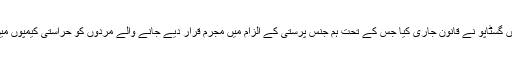
4 اپریل، 1938ء میں گسٹاپو نے قانون جاری کیا جس کے تحت ہم جنس پرستی کے الزام میں مجرم قرار دیے جانے والے مردوں کو حراستی کیمپوں میں قید کیا جا سکتا تھا۔